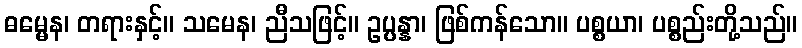
ဓမ္မေန၊ တရားနှင့်။ သမေန၊ ညီသဖြင့်။ ဥပ္ပန္နာ၊ ဖြစ်ကန်သော။ ပစ္စယာ၊ ပစ္စည်းတို့သည်။